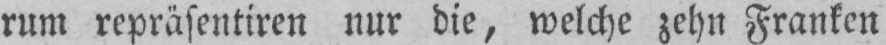
rum repräsentiren nur die, welche zehn Franken